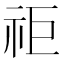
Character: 𥘹